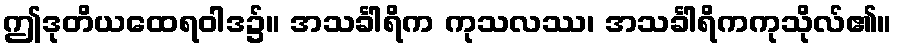
ဤဒုတိယထေရဝါဒ၌။ အသင်္ခါရိက ကုသလဿ၊ အသင်္ခါရိကကုသိုလ်၏။